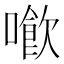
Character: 𠿮